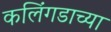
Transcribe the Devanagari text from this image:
कलिंगडाच्या